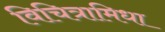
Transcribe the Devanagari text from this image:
विचित्रामिधा